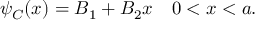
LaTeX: \psi _ { C } ( x ) = B _ { 1 } + B _ { 2 } x \quad 0 < x < a .